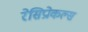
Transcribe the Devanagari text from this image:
रेसिप्रोकल्स